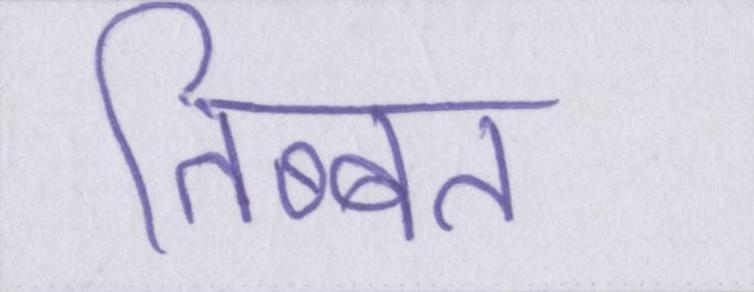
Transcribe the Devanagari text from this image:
तिब्बत